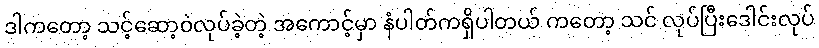
ဒါကတော့ သင့်ဆော့ဝဲလုပ်ခဲ့တဲ့ အကောင့်မှာ နံပါတ်ကရှိပါတယ် ကတော့ သင် လုပ်ပြီးဒေါင်းလုပ်